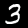
Label: 3